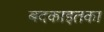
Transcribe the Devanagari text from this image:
बदकाइतका